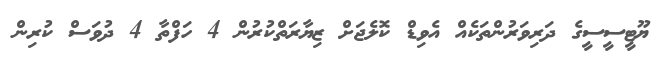
ޔޫޓީސީސީގެ ދަރިވަރުންތަކެއް އެވިޑް ކޮލެޖަށް ޒިޔާރަތްކުރުން 4 ހަފްތާ 4 ދުވަސް ކުރިން